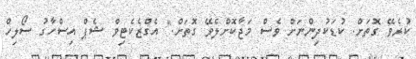
ކުރެވޭ ގޮތަށް. ކުޑަކުދިންނަށް ވެސް މަޖާކޮށްލެވޭ ގޮތަށް." އެގްޒެކެޓިވް ޝެޕް އިސްހާގު ސޯލިހް